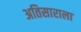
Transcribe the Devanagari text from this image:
अतिसाराला